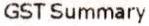
GST SUMMARY